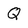
Character: Q